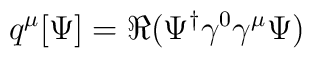
q^\mu[\Psi] = \Re(\Psi^\dagger\gamma^0\gamma^\mu\Psi)